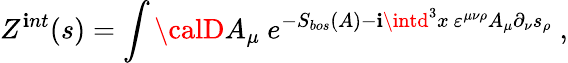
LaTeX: Z^{\mathbf{i}nt}(s)=\int{\calD}A_{\mu}~e^{-S_{bos}(A)-\mathbf{i}\intd^{3}x~\varepsilon^{\mu\nu\rho}A_{\mu}\partial_{\nu}s_{\rho}}~,